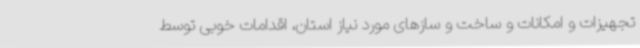
تجهیزات و امکانات و ساخت و سازهای مورد نیاز استان، اقدامات خوبی توسط